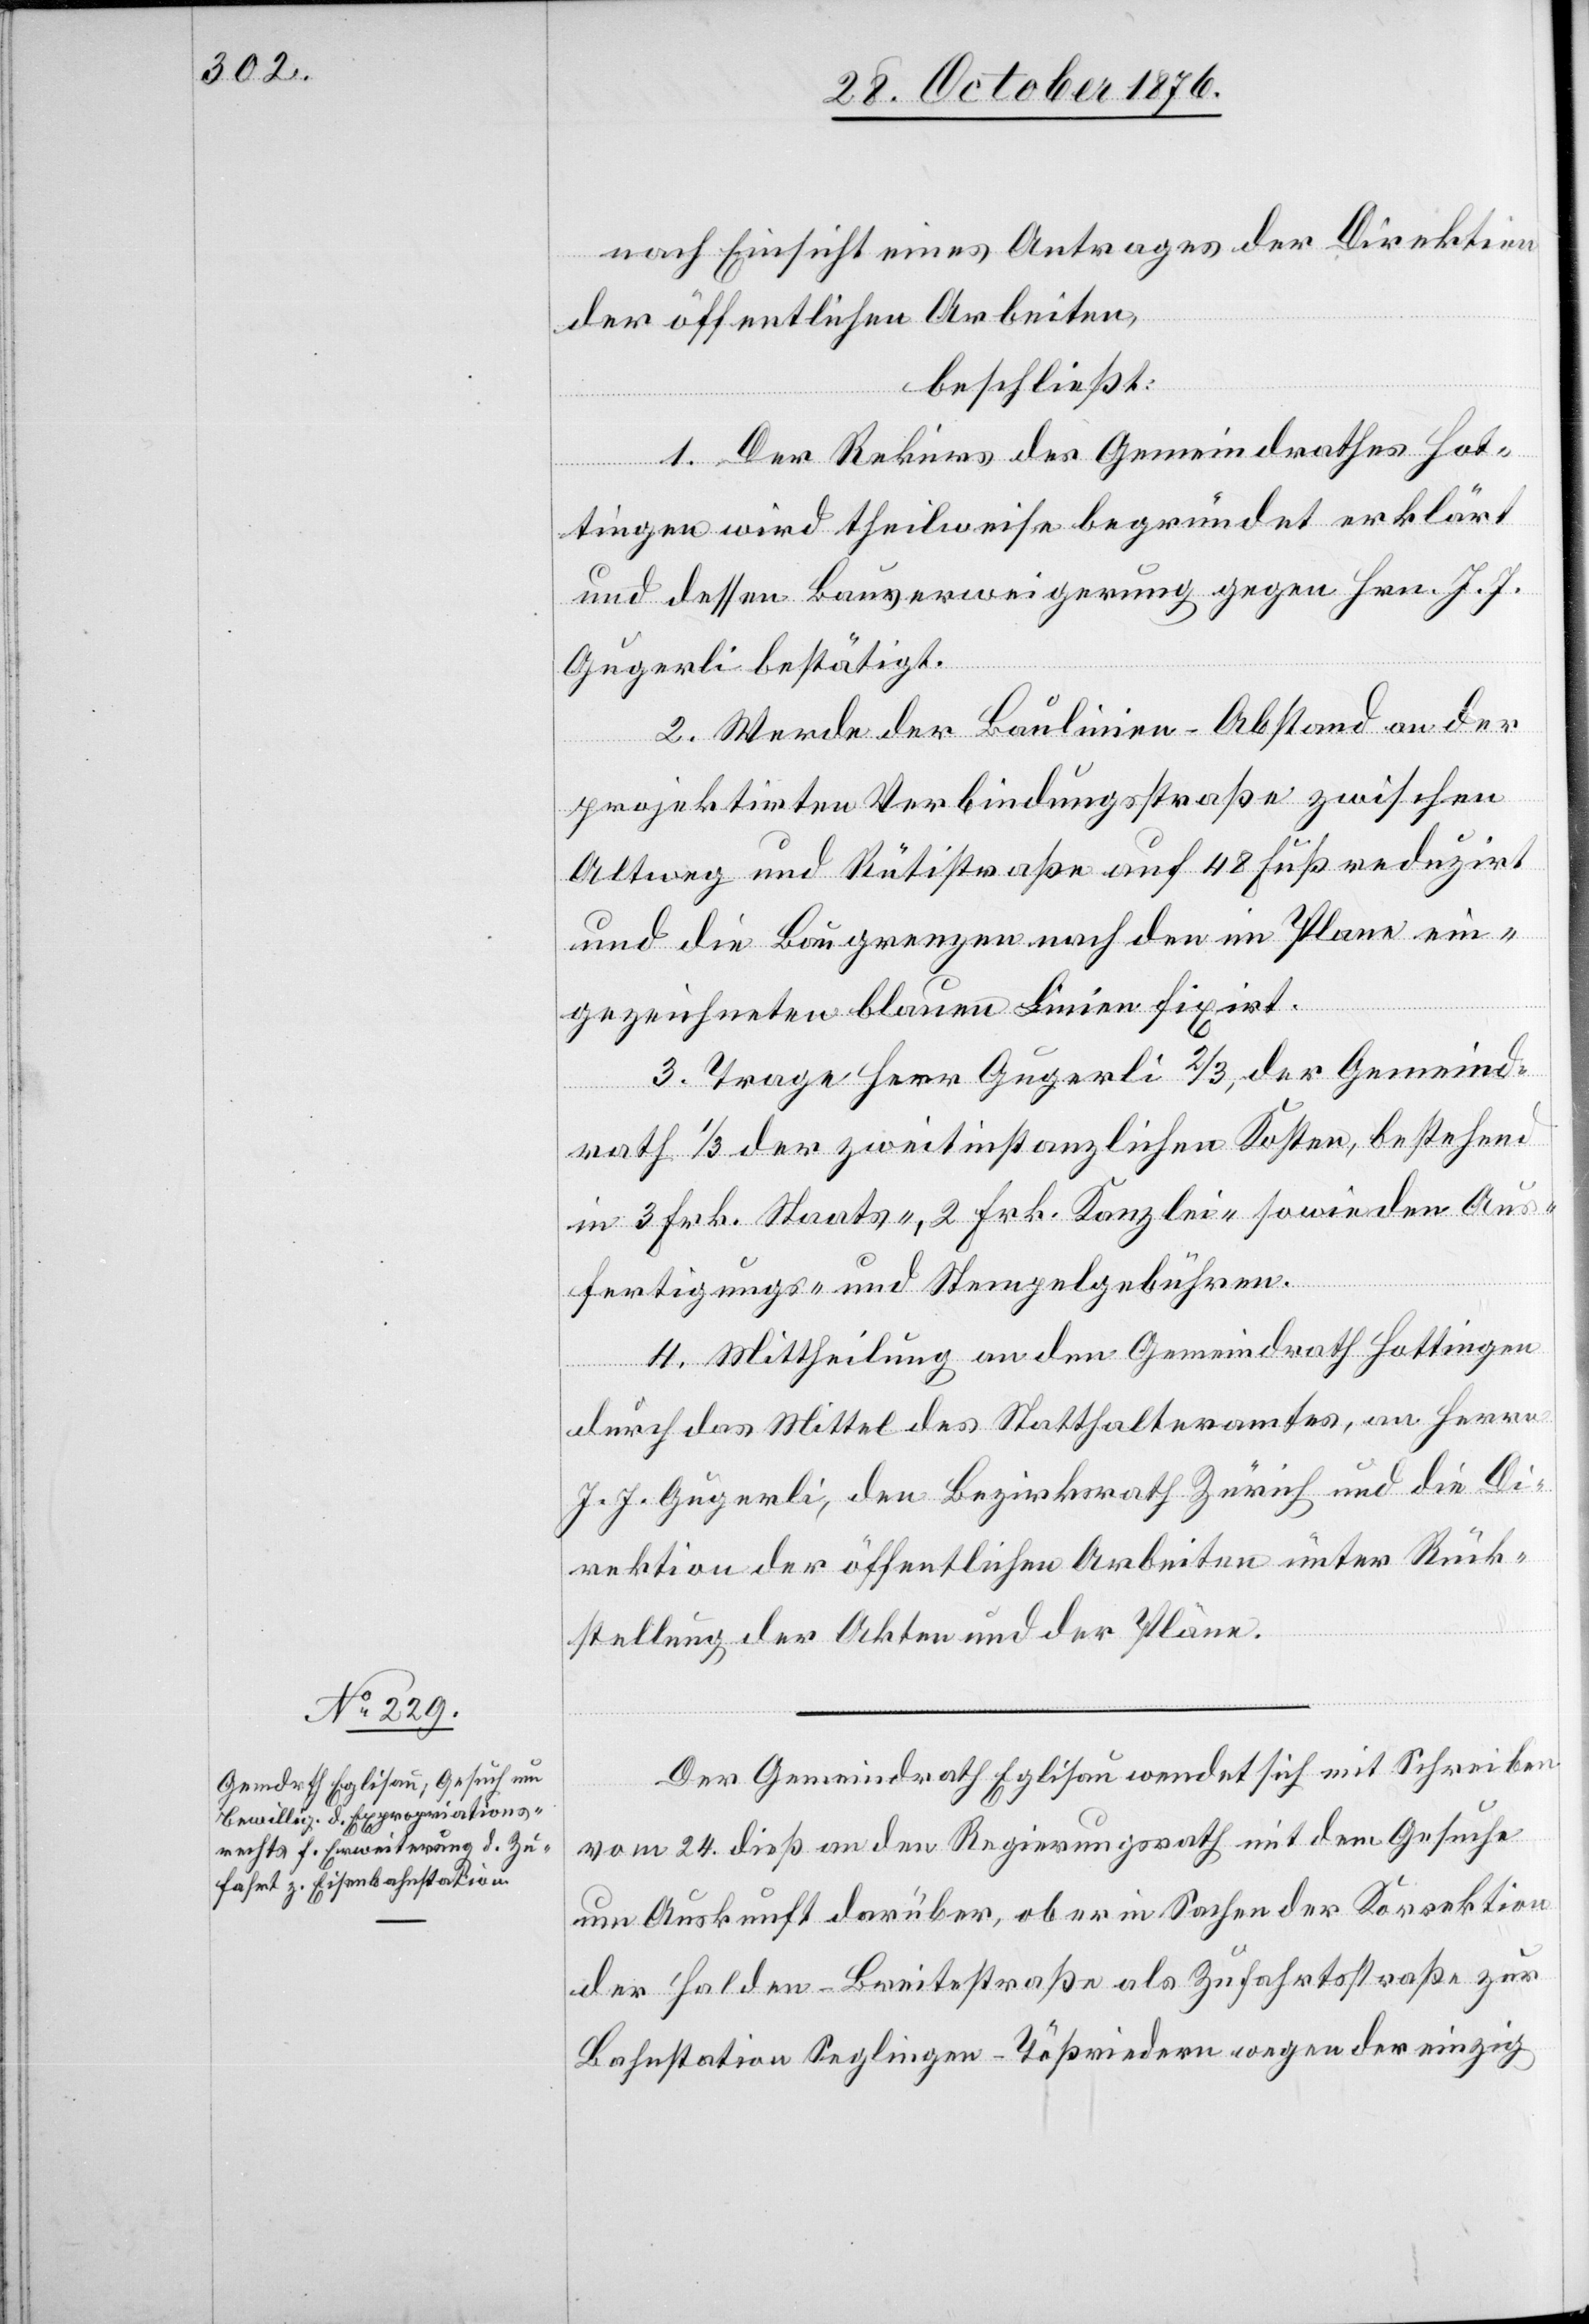
nach Einsicht eines Antrages der Direktion
der öffentlichen Arbeiten,
beschließt:
1. Der Rekurs des Gemeindrathes Hot¬
tingen wird theilweise begründet erklärt
und dessen Bauverweigerung gegen Hrn. J. J.
Gugerli bestätigt.
2. Werde der Baulinien-Abstand an der
projektirten Verbindungsstraße zwischen
Altweg und Rütistraße auf 48 Fuß reduzirt
und die Baugrenzen nach den im Plane ein¬
gezeichneten blauen Linien fixirt.
3. Trage Herr Gugerli 2/3, der Gemeind¬
rath 1/3 der zweitinstanzlichen Kosten, bestehend
in 3 Frk. Staats- 2 Frk. Kanzlei- sowie den Aus¬
fertigungs- und Stempelgebühren.
4. Mittheilung an den Gemeindrath Hottingen
durch das Mittel des Statthalteramtes, an Herrn
J. J. Gugerli, den Bezirksrath Zürich und die Di¬
rektion der öffentlichen Arbeiten unter Rück¬
stellung der Akten und der Pläne.
Der Gemeindrath Eglisau wendet sich mit Schreiben
vom 24. dieß an den Regierungsrath mit dem Gesuche
um Auskunft darüber, ob er in Sachen der Korrektion
der Halden-Breitestraße als Zufahrtsstraße zur
Bahnstation Seglingen - Tößriedern wegen der einzig